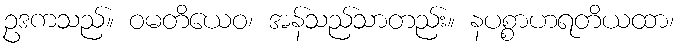
ဥဒကသည်။ ဝမတိယေဝ၊ အန်သည်သာတည်း။ နပစ္စာဟရတိယထာ၊